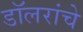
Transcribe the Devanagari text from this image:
डॉलरांचे